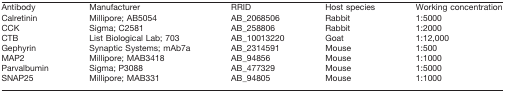
<table><thead><tr><td><b>Antibody</b></td><td><b>Manufacturer</b></td><td><b>RRID</b></td><td><b>Host species</b></td><td><b>Working concentration</b></td></tr></thead><tbody><tr><td>Calretinin</td><td>Millipore; AB5054</td><td>AB_2068506</td><td>Rabbit</td><td>1:5000</td></tr><tr><td>CCK</td><td>Sigma; C2581</td><td>AB_258806</td><td>Rabbit</td><td>1:2000</td></tr><tr><td>CTB</td><td>List Biological Lab; 703</td><td>AB_10013220</td><td>Goat</td><td>1:12,000</td></tr><tr><td>Gephyrin</td><td>Synaptic Systems; mAb7a</td><td>AB_2314591</td><td>Mouse</td><td>1:500</td></tr><tr><td>MAP2</td><td>Millipore; MAB3418</td><td>AB_94856</td><td>Mouse</td><td>1:1000</td></tr><tr><td>Parvalbumin</td><td>Sigma; P3088</td><td>AB_477329</td><td>Mouse</td><td>1:5000</td></tr><tr><td>SNAP25</td><td>Millipore; MAB331</td><td>AB_94805</td><td>Mouse</td><td>1:1000</td></tr></tbody></table>